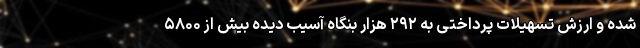
شده و ارزش تسهیلات پرداختی به ۲۹۲ هزار بنگاه آسیب دیده بیش از ۵۸۰۰